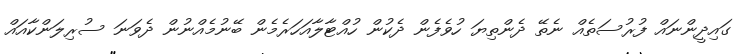
ގައިދީންނައް ފުރުސަތެއް ނެތޭ ދެންތިޔަ ހުވެފެން ދެކުން ހުއްޓާލާއަހަރެމެން ބޭނުމެއްނުން ދެވަނަ ސުރިލަންކާއައް